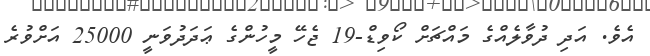
އެވެ. އަދި ދުވާލެއްގެ މައްޗަށް ކޯވިޑް-19 ޖެހޭ މީހުންގެ ޢަދަދުވަނީ 25000 އަށްވުރެ